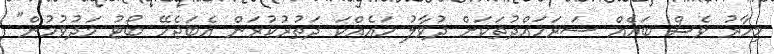
މިހާރު ވެސް ބައެއް ސަރަހައްދުތަކަށް ދުވާލު ހައެއްކަ ދަތުރުކުރަން އެބަޖެހޭ ބޯޓު މަދުވުމުން"